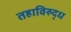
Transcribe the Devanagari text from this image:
तहाविरुद्ध